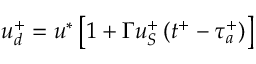
u _ { d } ^ { + } = u ^ { * } \left[ 1 + \Gamma u _ { S } ^ { + } \left( t ^ { + } - \tau _ { a } ^ { + } \right) \right]